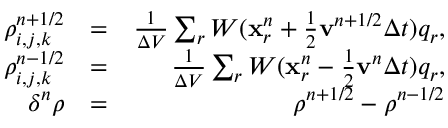
\begin{array} { r l r } { \rho _ { i , j , k } ^ { n + 1 / 2 } } & { = } & { \frac { 1 } { \Delta V } \sum _ { r } W ( \mathbf { x } _ { r } ^ { n } + \frac { 1 } { 2 } \mathbf { v } ^ { n + 1 / 2 } \Delta t ) q _ { r } , } \\ { \rho _ { i , j , k } ^ { n - 1 / 2 } } & { = } & { \frac { 1 } { \Delta V } \sum _ { r } W ( \mathbf { x } _ { r } ^ { n } - \frac { 1 } { 2 } \mathbf { v } ^ { n } \Delta t ) q _ { r } , } \\ { \delta ^ { n } \rho } & { = } & { \rho ^ { n + 1 / 2 } - \rho ^ { n - 1 / 2 } } \end{array}